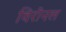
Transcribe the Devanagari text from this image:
विरोनल